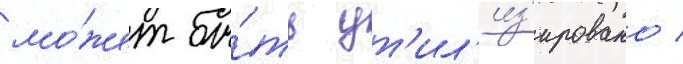
мо́жет бы́ть ут'ил'из'ировано /